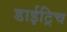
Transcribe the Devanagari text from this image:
डाईट्रिच